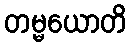
တမ္မယောတိ